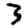
Digit: 3